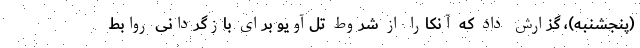
(پنجشنبه)، گزارش داد که آنکارا از شروط تل‌آویو برای بازگردانی روابط